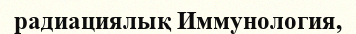
радиациялық Иммунология,